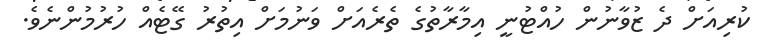
ކުރިއަށް ދެ ޒުވާނުން ހުއްޓުނީ އިމާރާތުގެ ތެރެއަށް ވަނުމަށް އިތުރު ގޭޓެއް ހުރުމުންނެވެ.